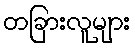
တခြားလူများ